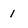
Character: 1